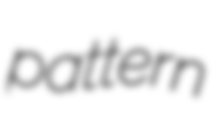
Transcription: pattern